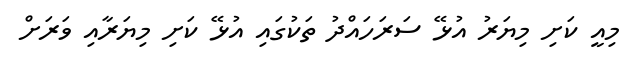
މިއީ ކަށި މިޔަރު އުޅޭ ސަރަހައްދު ތަކުގައި އުޅޭ ކަށި މިޔަރާއި ވަރަށް